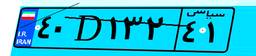
۴۰D۱۳۲۴۱